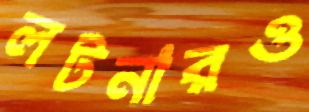
লটনারও